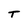
Character: T